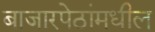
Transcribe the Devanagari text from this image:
बाजारपेठांमधील